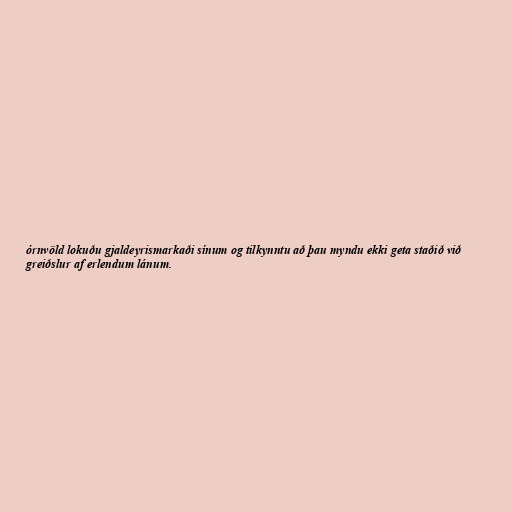
órnvöld lokuðu gjaldeyrismarkaði sínum og tilkynntu að þau myndu ekki geta staðið við
greiðslur af erlendum lánum.